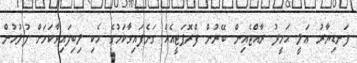
ފަނޑިޔާރު ޢަލީ ޙަމީދު ރާއްޖެއިން ބޭރުން ފްރޮޕަޓީއެއް ގަނެފައިވާކަމުގެ ހެކި ލިބިފައިވާކަމަށް ފުލުހުން